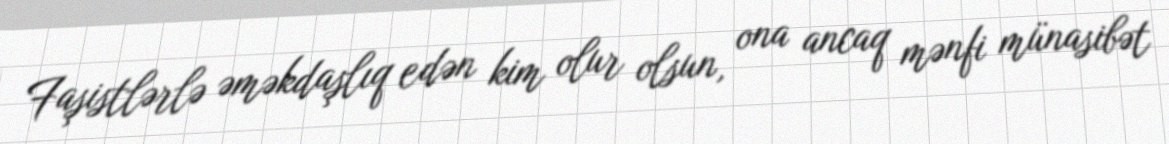
Faşistlərlə əməkdaşlıq edən kim olur olsun, ona ancaq mənfi münasibət